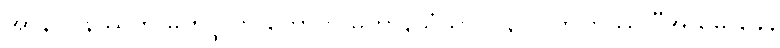
အာနာပါနဿတိ မဟပ္ဖလာ ဟောတိ မဟာနိသံသာ။ ၂၃၇။ တတြဿ “အယမ္ပိ ခေါ,